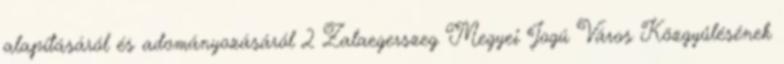
alapításáról és adományozásáról 2 Zalaegerszeg Megyei Jogú Város Közgyűlésének